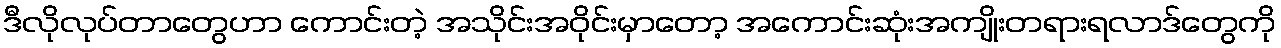
ဒီလိုလုပ်တာတွေဟာ ကောင်းတဲ့ အသိုင်းအဝိုင်းမှာတော့ အကောင်းဆုံးအကျိုးတရားရလာဒ်တွေကို